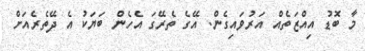
މާ ބޮޑު އިއްޒަތެއް އަރުވައިގެން. އޭގެ ތެރޭގަ އެހެން ބަޔަކު އެ ދޭތެރެއަށް